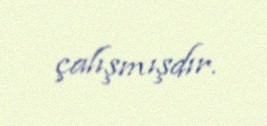
çalışmışdır.